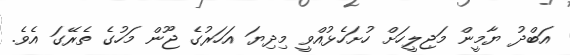
އަބްދު ޔާމީން މަޖިލީހަށް ހުށަހެޅުއްވީ މިދިޔަ އަހަރުގެ ޖޫން މަހުގެ ތެރޭގަ އެވެ.